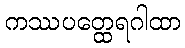
ကဿပတ္ထေရဂါထာ